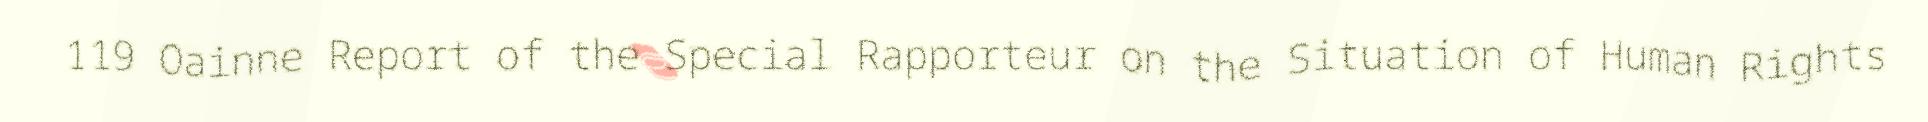
119 Oainne Report of the Special Rapporteur on the Situation of Human Rights